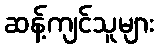
ဆန့်ကျင်သူများ